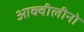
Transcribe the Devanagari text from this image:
आक्वीलीनो